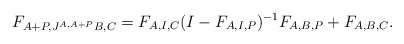
\begin{align*} F_{A+P,J^{A,A+P}B,C}=F_{A,I,C}(I-F_{A,I,P})^{-1}F_{A,B,P} +F_{A,B,C}.\end{align*}